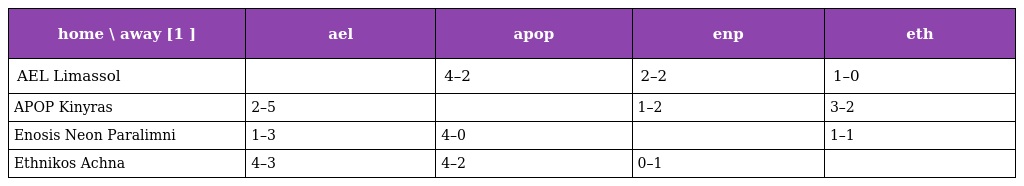
| home \ away [1 ] | ael | apop | enp | eth |
 | --- | --- | --- | --- | --- |
 | AEL Limassol |  | 4–2 | 2–2 | 1–0 |
 | APOP Kinyras | 2–5 |  | 1–2 | 3–2 |
 | Enosis Neon Paralimni | 1–3 | 4–0 |  | 1–1 |
 | Ethnikos Achna | 4–3 | 4–2 | 0–1 |  |